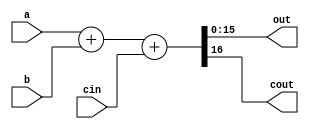
/////////////////////////////////////////////////////////////////////////////////////////////////////////////
// Behavioral 16-bits adder
/////////////////////////////////////////////////////////////////////////////////////////////////////////////

module adder_16(a, b, cin, out, cout);
    
    output wire [15:0]  out;
    output wire          cout;

    input   [15:0]  a; 
    input   [15:0]  b;
    input           cin;

  assign { cout, out } = a + b + cin;

endmodule